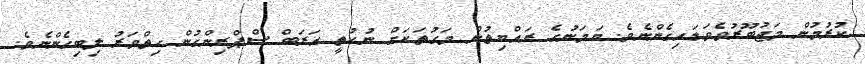
ކުރުމުން މަޖުބޫރުވެވަޑައިގެންނެވެ. ޔަމަނުގެ ރައްޔިތުން މަގުތަކަށް ނުކުތީ އަރަބް ސްޕްރިންގުން ހިތްވަރު ލިބިގެންނެވެ.